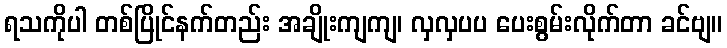
ရသကိုပါ တစ်ပြိုင်နက်တည်း အချိုးကျကျ၊ လှလှပပ ပေးစွမ်းလိုက်တာ ခင်ဗျ။